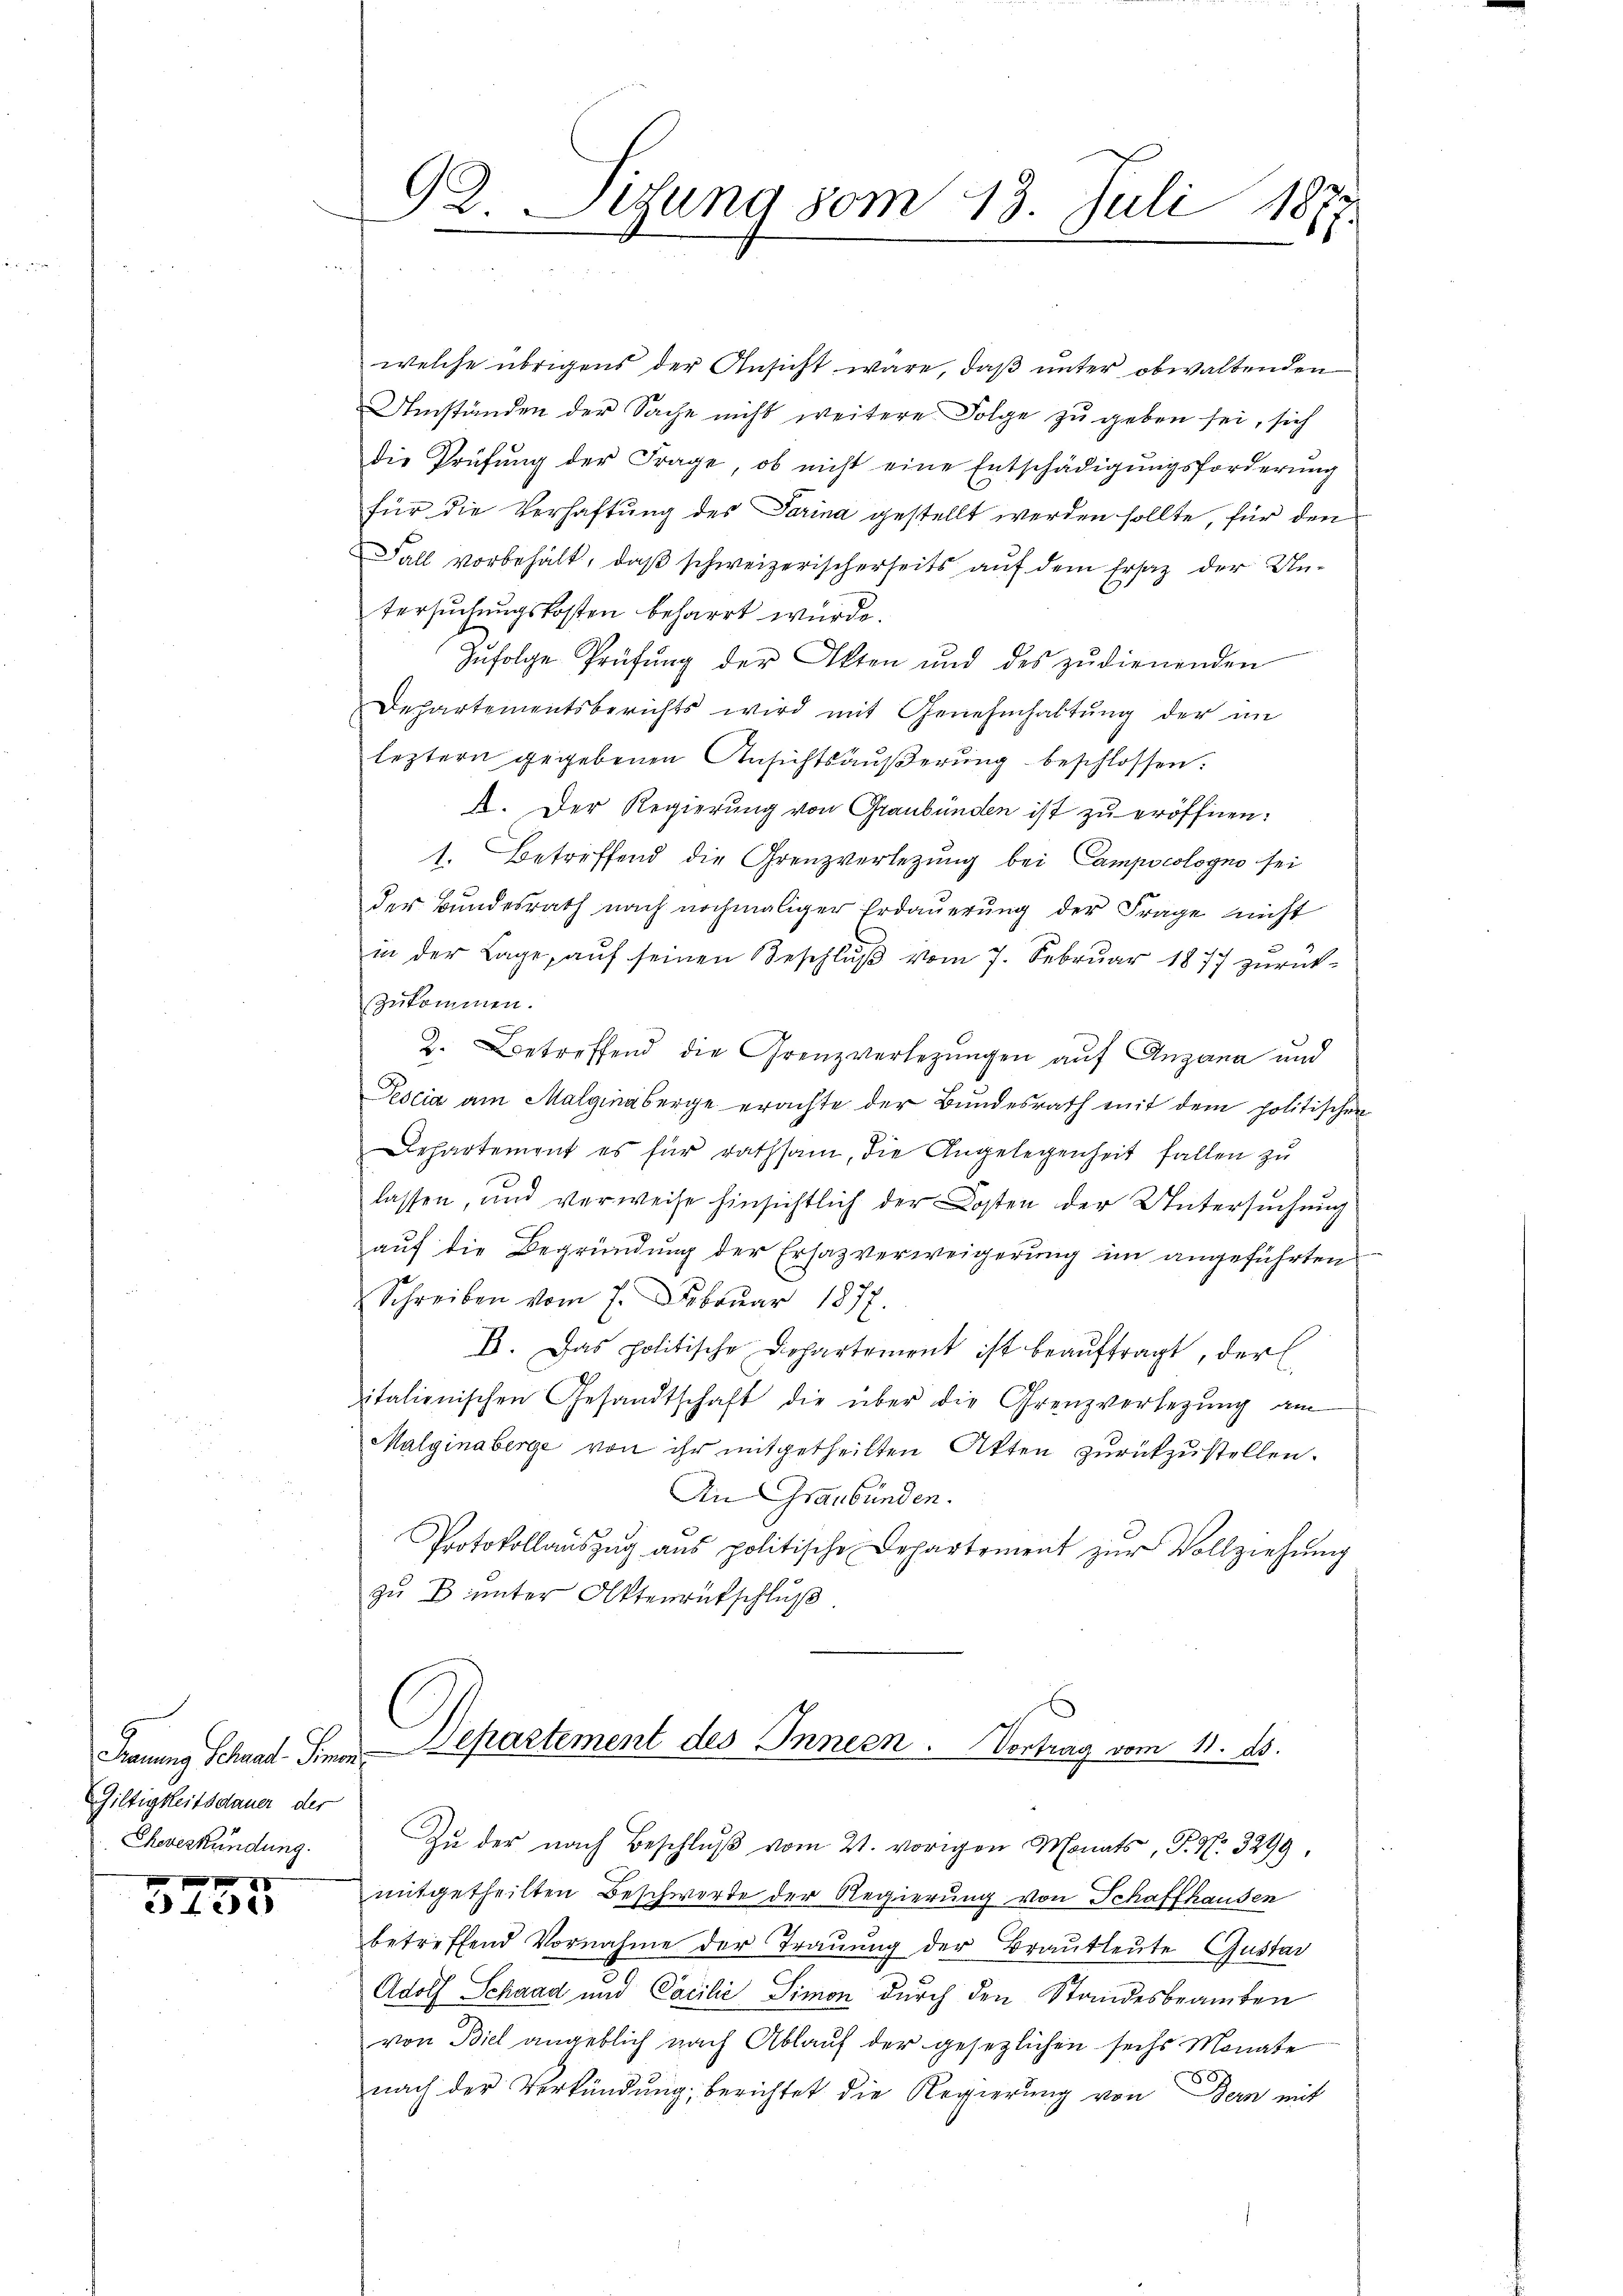
Feuung Schnet. Finan
Giltigkeitsdauer der
Cheverkündung.

420

welche übrigens der Ansicht wäre, daß unter obwaltenden
Umständen der Sache nicht weitere Folge zu geben sei, sich
die Prüfŭng der Frage, ob nicht eine Entschädigŭngsforderŭng
für die Verhaftung des Parina gestellt werden sollte, für den
Fall vorbehalt, daβ schweizerischerseits aŭf dem Ersatz der Un-
tersuchungskosten beharrt wurde.
Infolge Prüfŭng der Akten und des zŭdienenden
Departementsberichts wird mit Genehmhaltung der im
leztern gegebenen Ansichtsäußerung beschlossen:
A. Der Regierung von Graubünden ist zu eröffnen:
1. Betreffend die Grenzverletzŭng bei Campscologno sei
der Bundesrath nach nochmaliger Erdauerung der Frage nicht
in der Lage, auf seinen Beschluß vom 7. Februar 1877 zurückszukommen.
2. Betreffend die Grenzverlegungen auf Angang und
Pescia am Malgina berge erachte der Bundesrath mit dem politischen
Dehartement es für rathsam, die Angelegenheit fallen zu
lassen, und verweise hinsichtlich der Kosten der Untersuchung
auf die Begründung der Ersatzverweigerung im angeführten
Schreiben vom 7. Februar 1877.
I. Das politische Departement ist beaŭftragt, der
italienischen Gesandtschaft die über die Grenzverlegŭng am
Malginaberge von ihr mitgetheilten Akten zurückzustellen.
An Graubünden.
Protokollaŭszŭg aŭs politische Departement zŭr Vollziehŭng
zu B unter Aktenrütschluß

92. Sedung vom 13. Juli 18
s

mitgetheilten Beschwerde der Regierung von Schaffhausen
betreffend Vornahme der Trauung der Brautleute Gustav
Adolf Schaad und Carilić Simon durch den Standesbeamten
von Biel angeblich nach Ablauf der gesezlichen sechs Monate
nach der Verkündung, berichtet die Regierung von Bern mit

Departement des Innern. Vortrag vom 11. ds.
Zu der nach Beschluß vom 21. vorigen Monats, P. N. 3299